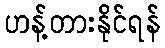
ဟန့်တားနိုင်ရန်